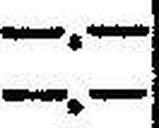
—.—